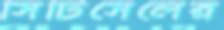
সিটিসেলের